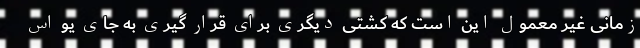
زمانی غیر معمول این است که کشتی دیگری برای قرار گیری به جای یو اس